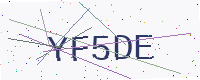
Text: YF5DE